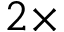
2 \times